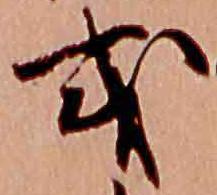
或